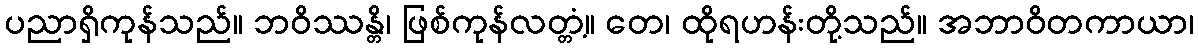
ပညာရှိကုန်သည်။ ဘဝိဿန္တိ၊ ဖြစ်ကုန်လတ္တံ့။ တေ၊ ထိုရဟန်းတို့သည်။ အဘာဝိတကာယာ၊